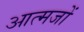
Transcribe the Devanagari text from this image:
आत्मजों